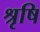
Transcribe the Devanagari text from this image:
श्रृषि